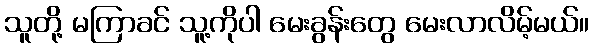
သူတို့ မကြာခင် သူ့ကိုပါ မေးခွန်းတွေ မေးလာလိမ့်မယ်။